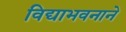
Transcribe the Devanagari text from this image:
विद्याभवनाने